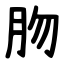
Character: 肳